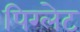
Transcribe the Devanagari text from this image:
पिग्लेट